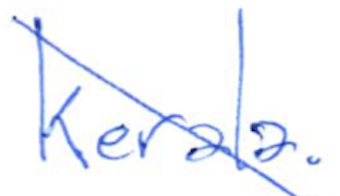
Text: Kerala.
Cross-out: diagonal
Writing tool: ballpoint